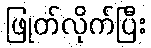
ဖြုတ်လိုက်ပြီး